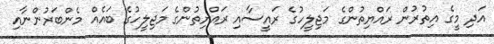
އަދި މީގެ އިތުރުން ރައްޔިތުންގެ މަޖިލީހުގެ ރައީސާއި ރައްޔިތުންގެ މަޖިލީހުގެ ބައެއް މެންބަރުންނާއި